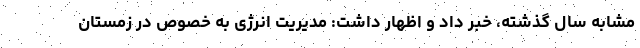
مشابه سال گذشته، خبر داد و اظهار داشت: مدیریت انرژی به خصوص در زمستان